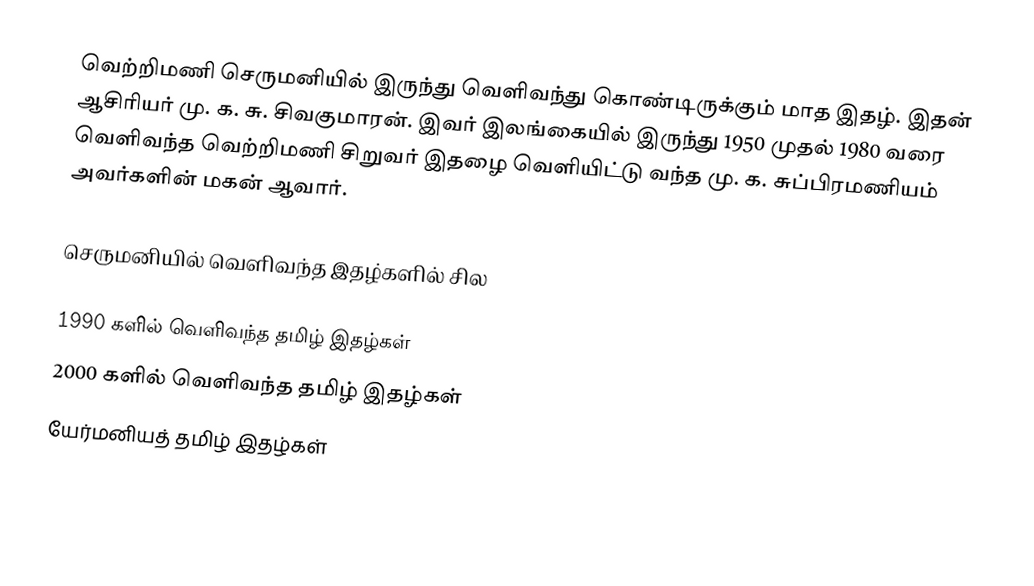
வெற்றிமணி செருமனியில் இருந்து வெளிவந்து கொண்டிருக்கும் மாத இதழ். இதன் ஆசிரியர் மு. க. சு. சிவகுமாரன். இவர் இலங்கையில் இருந்து 1950 முதல் 1980 வரை வெளிவந்த வெற்றிமணி சிறுவர் இதழை வெளியிட்டு வந்த மு. க. சுப்பிரமணியம் அவர்களின் மகன் ஆவார்.

செருமனியில் வெளிவந்த இதழ்களில் சில

1990 களில் வெளிவந்த தமிழ் இதழ்கள்
2000 களில் வெளிவந்த தமிழ் இதழ்கள்
யேர்மனியத் தமிழ் இதழ்கள்